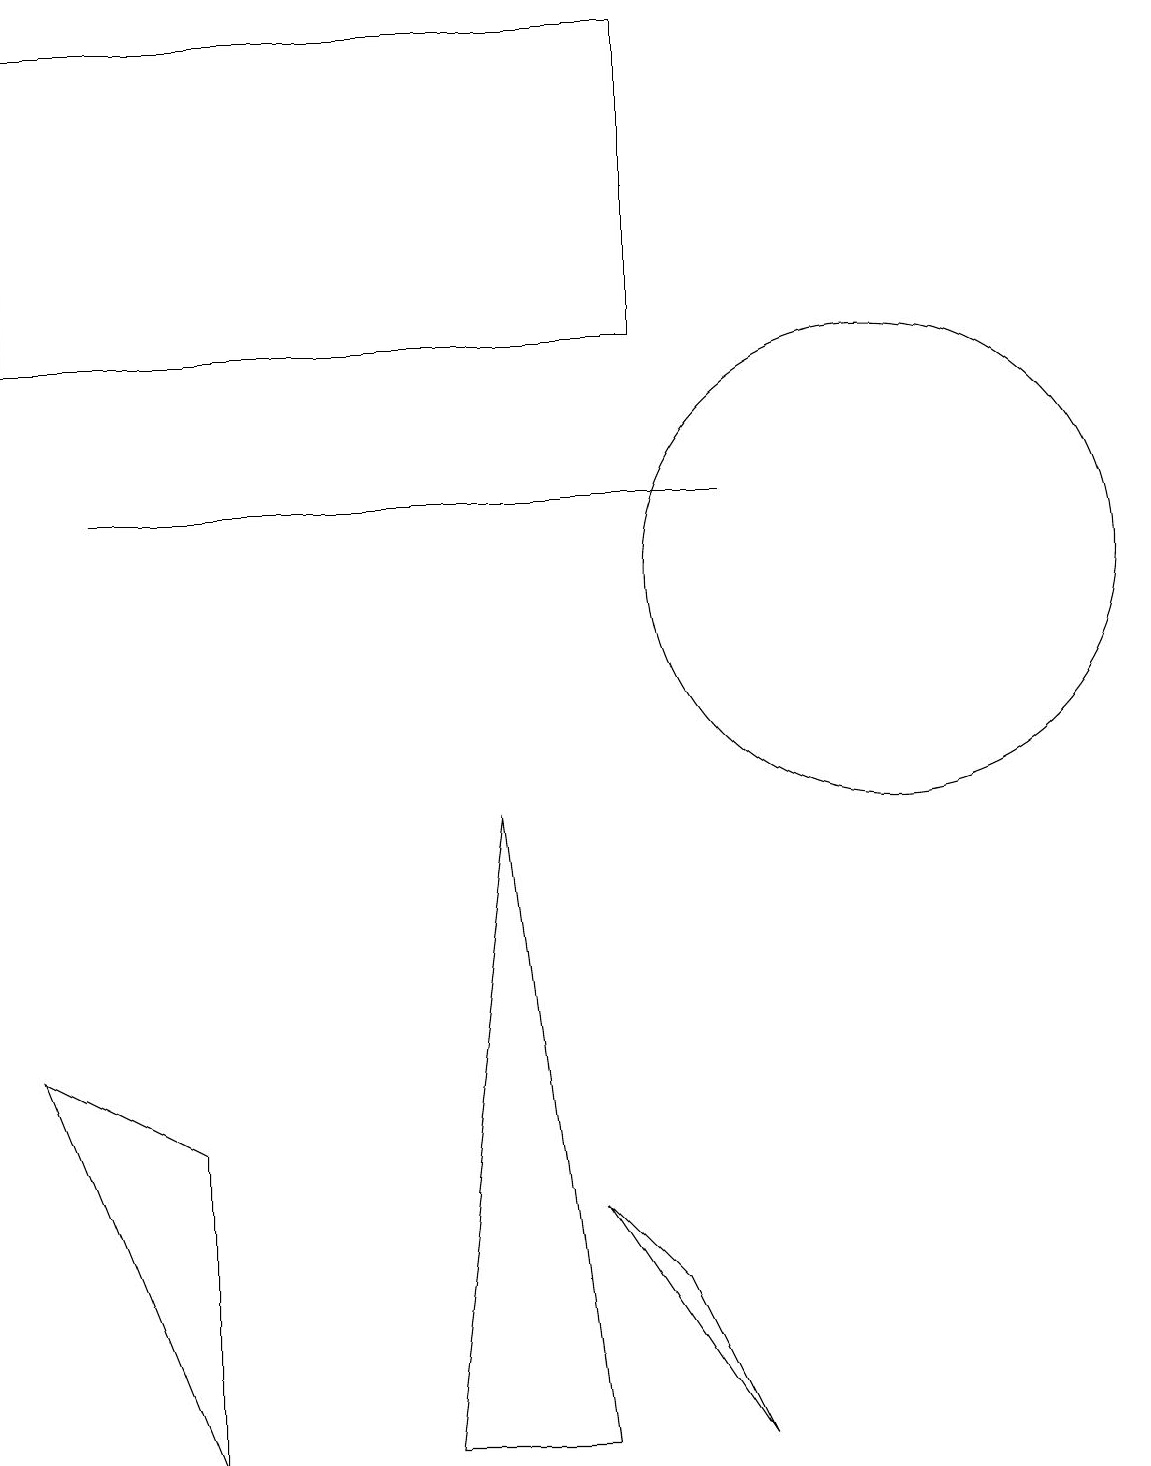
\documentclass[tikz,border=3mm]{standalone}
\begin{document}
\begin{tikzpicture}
\draw (11,11) circle (0);
\draw (11,11) circle (3);
\draw (9,0) -- (8,2) -- (7,3) -- cycle;
\draw (8,18) rectangle (0,14);
\draw (7,0) -- (5,0) -- (6,8) -- cycle;
\draw (2,0) -- (0,5) -- (2,4) -- cycle;
\draw (1,12) rectangle (9,12);
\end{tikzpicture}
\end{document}